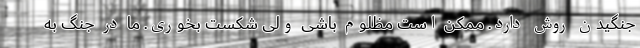
جنگیدن روش دارد. ممکن است مظلوم باشی ولی شکست بخوری. ما در جنگ به